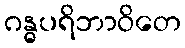
ဂန္ဓပရိဘာဝိတေ